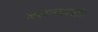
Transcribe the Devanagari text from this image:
बतलाती।